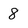
Character: 8